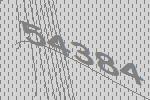
54384